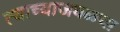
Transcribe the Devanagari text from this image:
त्याच्याजवळचा